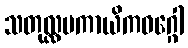
သတုလ္လပကာယိကဝဂ္ဂေါ